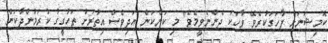
ކޮމިޝަނަަށް ފާހަގަކުރެވޭ ވާހަކަ ދެންނެވީމެވެ" މި ކަންކަން އަދިވެސް އިތުރަށް ތަހުގީގު ކުރަމުންދާކަން